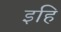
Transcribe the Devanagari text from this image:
इहि